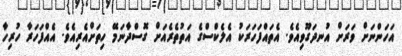
އަހަންނަށް ވަރަށް އުނދަގޫވިއެވެ. އެތައްފަހަރަކު އެލެކްސްގެ އަތުތެރެއަށް ގޮސްދާނަމޭ ހިތަށްއެރިއެވެ. އެއްފަހަރާ ހުރިހާ